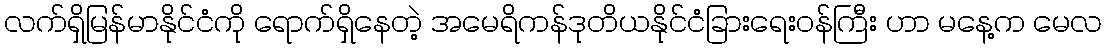
လက်ရှိမြန်မာနိုင်ငံကို ရောက်ရှိနေတဲ့ အမေရိကန်ဒုတိယနိုင်ငံခြားရေးဝန်ကြီး ဟာ မနေ့က မေလ